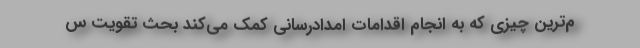
م‌ترین چیزی که به انجام اقدامات امدادرسانی کمک می‌کند بحث تقویت س